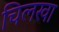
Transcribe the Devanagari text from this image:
चिलखा